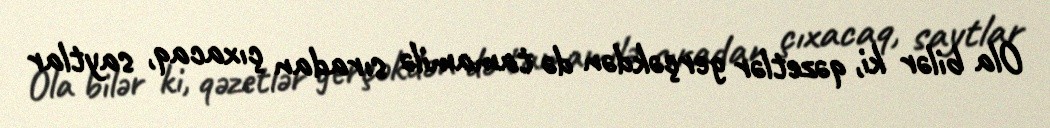
Ola bilər ki, qəzetlər gerçəkdən də tamamilə sıradan çıxacaq, saytlar